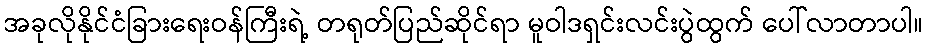
အခုလိုနိုင်ငံခြားရေးဝန်ကြီးရဲ့ တရုတ်ပြည်ဆိုင်ရာ မူဝါဒရှင်းလင်းပွဲထွက် ပေါ်လာတာပါ။